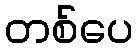
တစ်ပေ